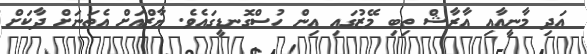
އަދި މާނީއާއި އާރާޝް ތިބި މޭޒުގައި އިން ހުސްގޮނޑީގައެވެ. ޔާޒްއަށް އެތަނަށް ދާކަށް